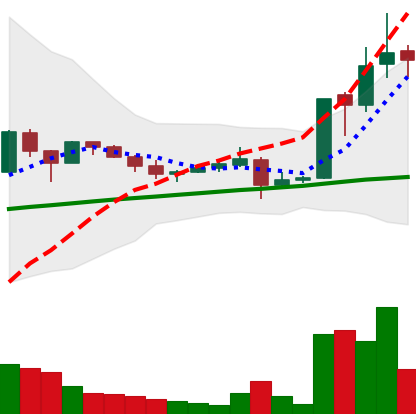
Ticker: LTC-USD
Chart end date: 2017-10-16
Forward return: -9.935%
Label: down_7plus